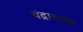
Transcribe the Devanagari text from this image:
चंद्राइतके